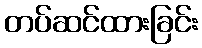
တပ်ဆင်ထားခြင်း